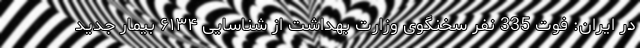
در ایران: فوت 335 نفر سخنگوی وزارت بهداشت از شناسایی ۶۱۳۴ بیمار جدید